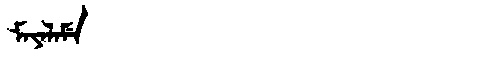
Manchu: ᠮᠠᠶᠠᠯᠠᠮᡝ
Romanization: MAYALAME